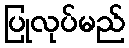
ပြုလုပ်မည်